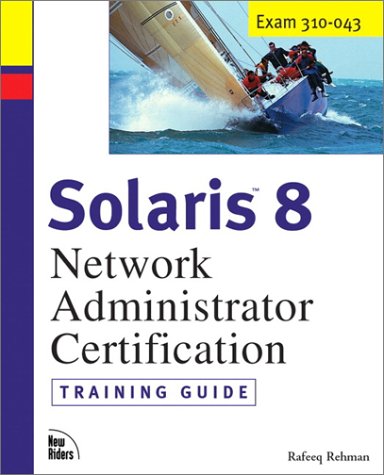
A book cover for Solaris 8 Training Guide (310-043): Network Administrator Certification (Exam Gear); Rafeeq Ur Rehman; Computers & Technology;